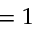
= 1